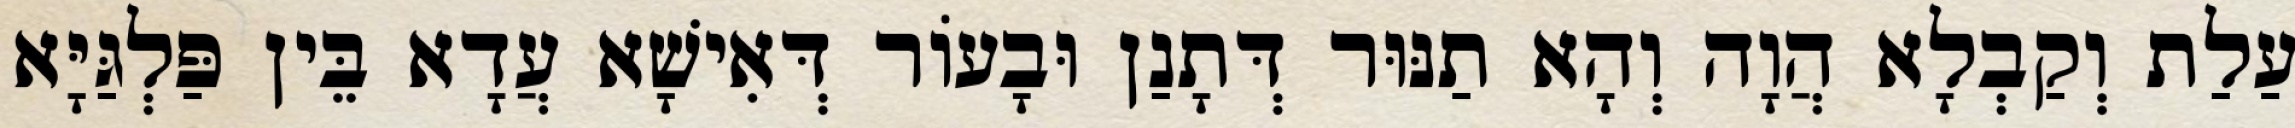
עַלַת וְקַבְלָא הֲוָה וְהָא תַנּוּר דְּתָנַן וּבָעוֹר דְּאִישָׁא עֲדָא בֵּין פַּלְגַּיָּא